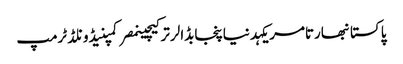
پاکستانبھارتامریکہدنیاپنجابڈالرترکیچینمصرکمپنیڈونلڈ ٹرمپ